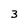
Character: 3